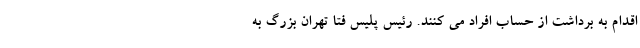
اقدام به برداشت از حساب افراد می کنند. رئیس پلیس فتا تهران بزرگ به